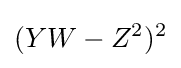
(YW-Z^{2})^{2}